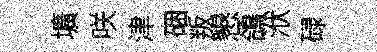
壙咲津硱叛懇鴿洑碌